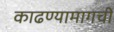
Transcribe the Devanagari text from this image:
काढण्यामागची